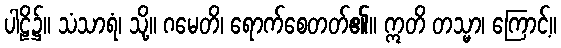
ပါဠိ၌။ သံသာရံ၊ သို့။ ဂမေတိ၊ ရောက်စေတတ်၏။ ဣတိ တသ္မာ၊ ကြောင့်။